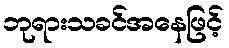
ဘုရားသခင်အနေဖြင့်